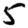
Digit: 5